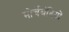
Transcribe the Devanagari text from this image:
मोर्चेबंदियों